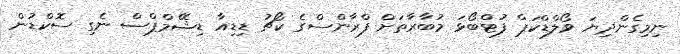
ނިމިގެންދިޔަ ވޯލްޑްކަޕް ފުޓްބޯޅަ މުބާރާތަށް ފްރާންސްގެ ކޯޗު ޑިޑިއާ ޑިޝޭމްޕްސް ނެގި ސޮކްޑުން